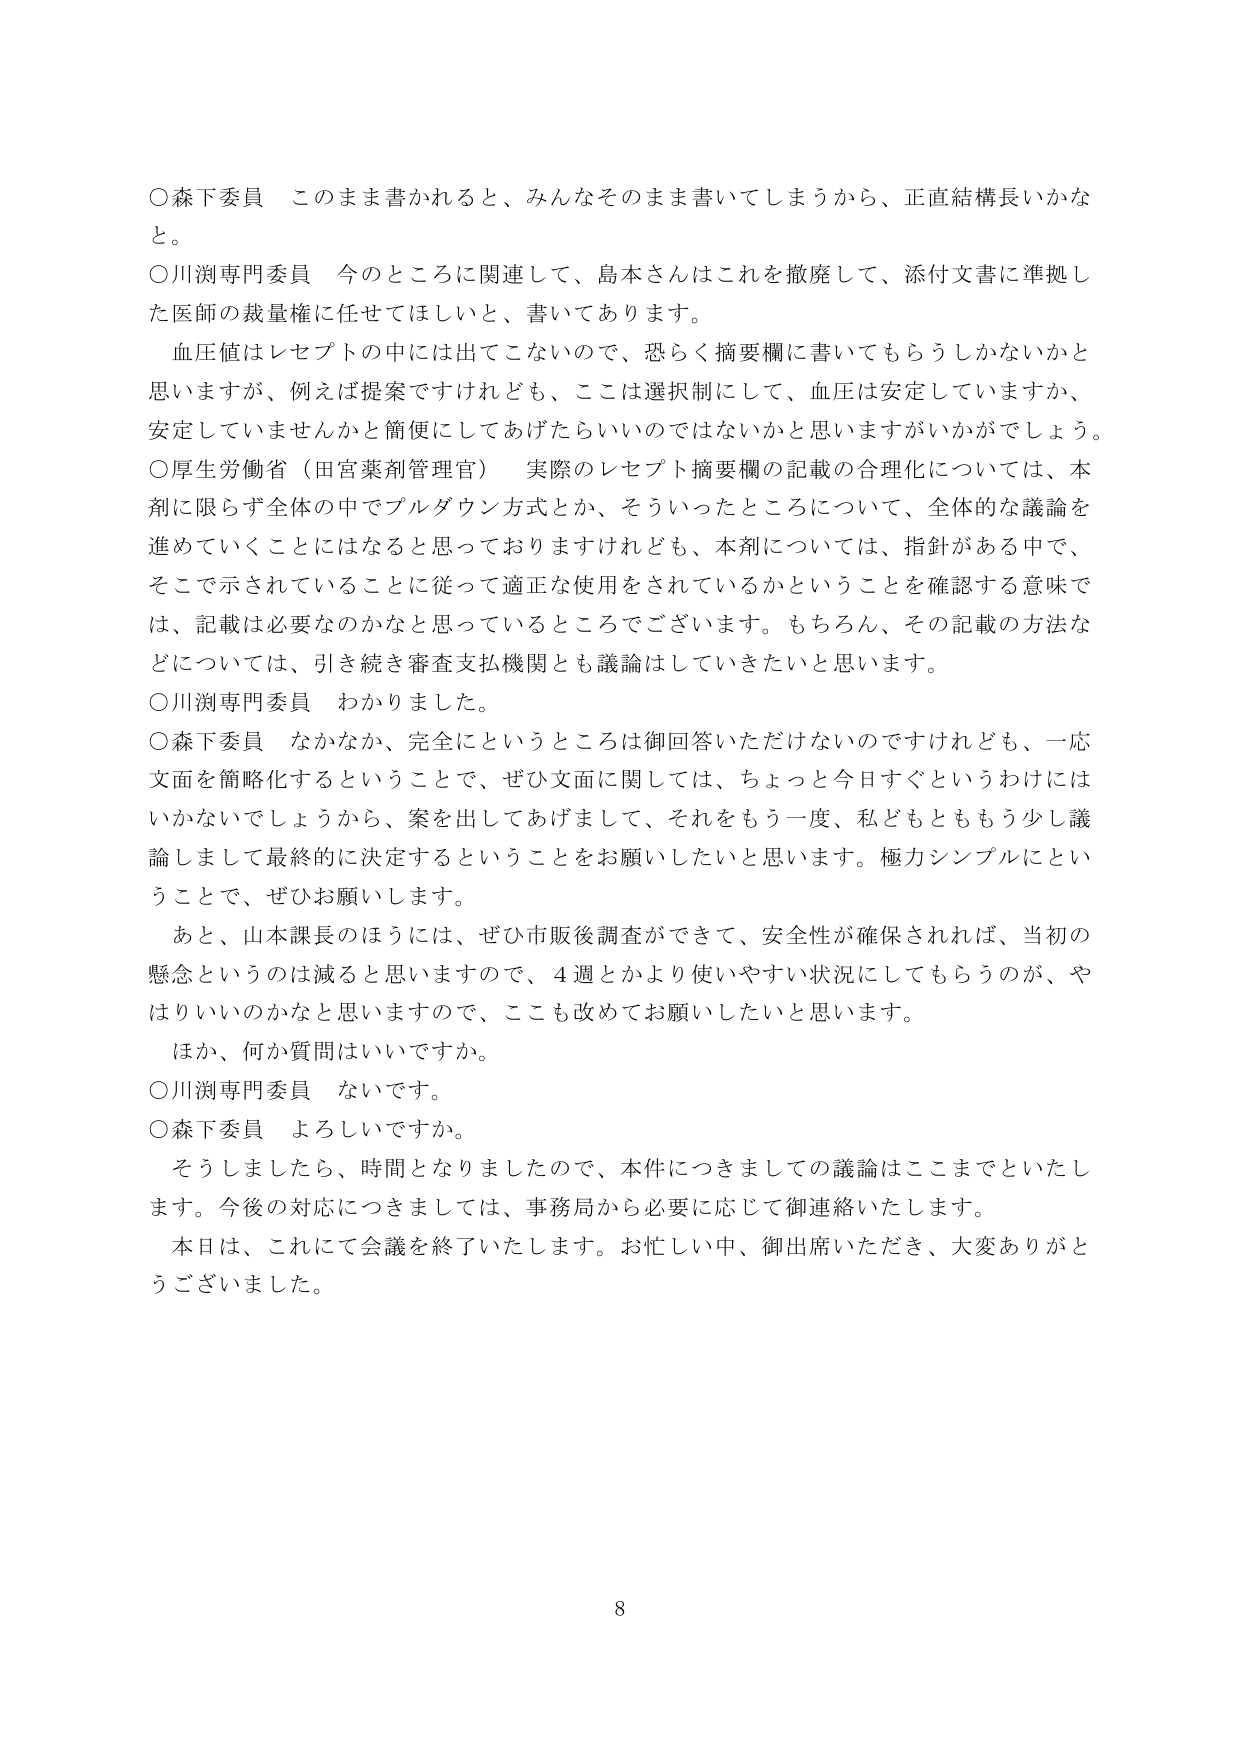
○森下委員　このまま書かれると、みんなそのまま書いてしまうから、正直結構長いかなと。

○川渕専門委員　今のところに関連して、島本さんはこれを撤廃して、添付文書に準拠した医師の裁量権に任せてほしいと、書いてあります。

　血圧値はレセプトの中には出てこないので、恐らく摘要欄に書いてもらうしかないかと思いますが、例えば提案ですけれども、ここは選択制にして、血圧は安定していますか、安定していませんかと簡便にしてあげたらいいのではないかと思いますがいかがでしょう。

○厚生労働省（田宮薬剤管理官）　実際のレセプト摘要欄の記載の合理化については、本剤に限らず全体の中でプルダウン方式とか、そういったところについて、全体的な議論を進めていくことにはなると思っておりますけれども、本剤については、指針がある中で、そこで示されていることに従って適正な使用をされているかということを確認する意味では、記載は必要なのかなと思っているところでございます。もちろん、その記載の方法などについては、引き続き審査支払機関とも議論はしていきたいと思います。

○川渕専門委員　わかりました。

○森下委員　なかなか、完全にというところは御回答いただけないのですけれども、一応文面を簡略化するということで、ぜひ文面に関しては、ちょっと今日すぐというわけにはいかないでしょうから、案を出してあげまして、それをもう一度、私どもとももう少し議論しまして最終的に決定するということをお願いしたいと思います。極力シンプルにということで、ぜひお願いします。

　あと、山本課長のほうには、ぜひ市販後調査ができて、安全性が確保されれば、当初の懸念というのは減ると思いますので、4週とかより使いやすい状況にしてもらうのが、やはりいいのかなと思いますので、ここも改めてお願いしたいと思います。

　ほか、何か質問はいいですか。

○川渕専門委員　ないです。

○森下委員　よろしいですか。

　そうしましたら、時間となりましたので、本件につきましての議論はここまでといたします。今後の対応につきましては、事務局から必要に応じて御連絡いたします。

　本日は、これにて会議を終了いたします。お忙しい中、御出席いただき、大変ありがとうございました。

8